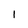
Character: 1